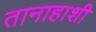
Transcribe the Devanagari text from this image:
तानाहाशी